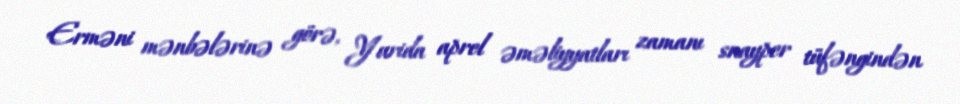
Erməni mənbələrinə görə, Yurida aprel əməliyyatları zamanı snayper tüfəngindən